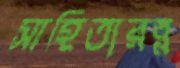
সাহিত্যরত্ন